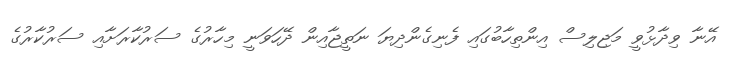
އޭނާ ވިދާޅުވީ މަޖިލިސް އިންތިހާބުގައި ފެނިގެންދިޔަ ނަތީޖާއިން ދޭހަވަނީ މިހާރުގެ ސަރުކާރަށާއި ސަރުކާރުގެ